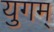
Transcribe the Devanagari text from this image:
युगम्